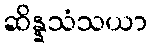
ဆိန္နသံသယာ